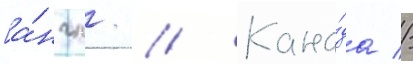
[а́нгл. // Кана́да //